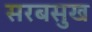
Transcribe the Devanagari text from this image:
सरबसुख